Newspaper: Yorkville enquirer. [volume]
Place of publication: Yorkville, S.C.
Date: 1875-03-25 00:00:00
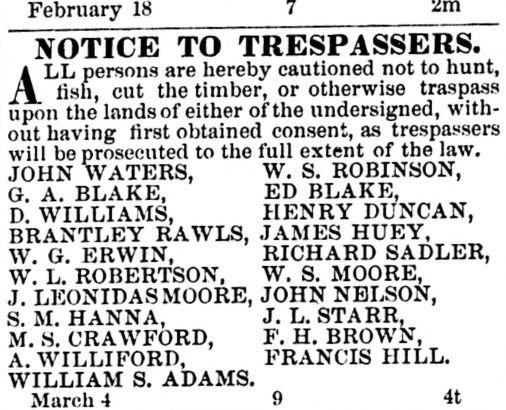
Advertisement text (OCR):
notice to trespassers. persons are hereby cautioned not to hunt, fish, cut the timber, or otherwise upon the lands of either of the undersigned, having first obtained consent, as be prosecuted to the full extent of the law. WATERS, W. S. ROBINSON, A. BLAKE, ED BLAKE, WILLIAMS, HENRY DUNCAN, RAWLS, JAMES HUEY, G. ERWIN, RICHARD SADLER, L. ROBERTSON, W. S. MOORE, LKONIDASMOORE, JOHN NELSON, M. HANNA, J. L. STARR, S. CRAWFORD, F. H. BROWN, WILLI FORD, FRANCIS HILL. S. ADAMS. 4t
Label: text-only